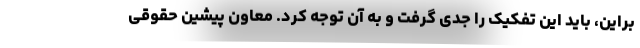
براین، باید این تفکیک را جدی گرفت و به آن توجه کرد. معاون پیشین حقوقی